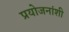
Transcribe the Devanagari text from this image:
प्रयोजनांशी